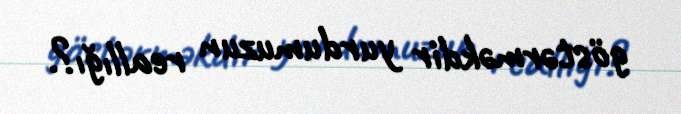
göstərməkdir yurdumuzun reallığı?.